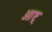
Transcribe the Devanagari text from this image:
ओष्ट्र